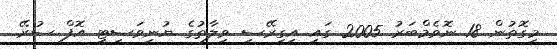
މިގޮތުން 18 ނޮވެމްބަރު 2005 ގައި އިގިރޭސި ވިލާތުގެ ޔުނިވަސިޓީ އޮފް ސުރޭ